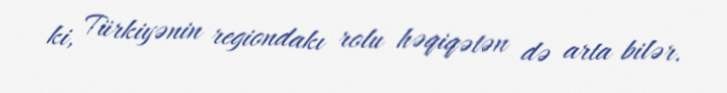
ki, Türkiyənin regiondakı rolu həqiqətən də arta bilər.